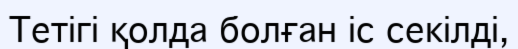
Тетігі қолда болған іс секілді,